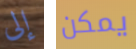
إلى يمكن